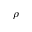
\rho